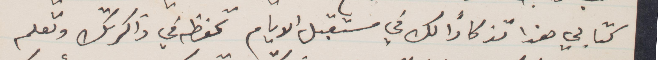
كتابي هذا تذكارًا لك في مستقبل الأيام تحفظه في ذاكرتك وتعلم